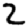
Digit: 2